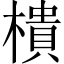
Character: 樻